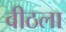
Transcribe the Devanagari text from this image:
वीठला